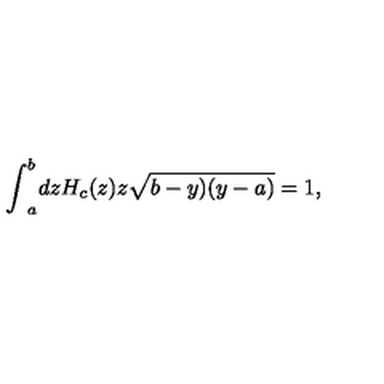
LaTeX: { \int } _ { a } ^ { b } d z H _ { c } ( z ) z \sqrt { b - y ) ( y - a ) } = 1 ,